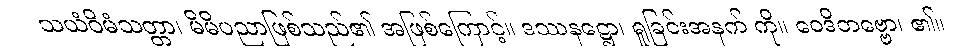
သယံဝိမံသတ္တာ၊ မိမိပညာဖြစ်သည်၏ အဖြစ်ကြောင့်။ ဒဿနဋ္ဌော၊ ရှုခြင်းအနက် ကို။ ဝေဒိတဗ္ဗော၊ ၏။